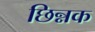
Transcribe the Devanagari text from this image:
छिन्नक